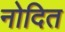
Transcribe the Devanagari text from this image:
नोदित